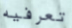
تعرفيه